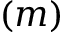
( m )